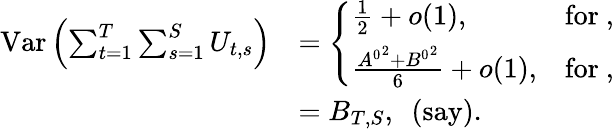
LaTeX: \begin{array}{rl}{\mathrm{Var}\left(\sum_{t=1}^{T}\sum_{s=1}^{S}U_{t,s}\right)}&{=\left\{ \begin{array}{ll}{\frac{1}{2}+o(1),}&{\mathrm{for~,}}\\ {\frac{{A^{0}}^{2}+{B^{0}}^{2}}{6}+o(1),}&{\mathrm{for~,}}\end{array}\right.}\\ &{=B_{T,S},~~\mathrm{(say)}.}\end{array}